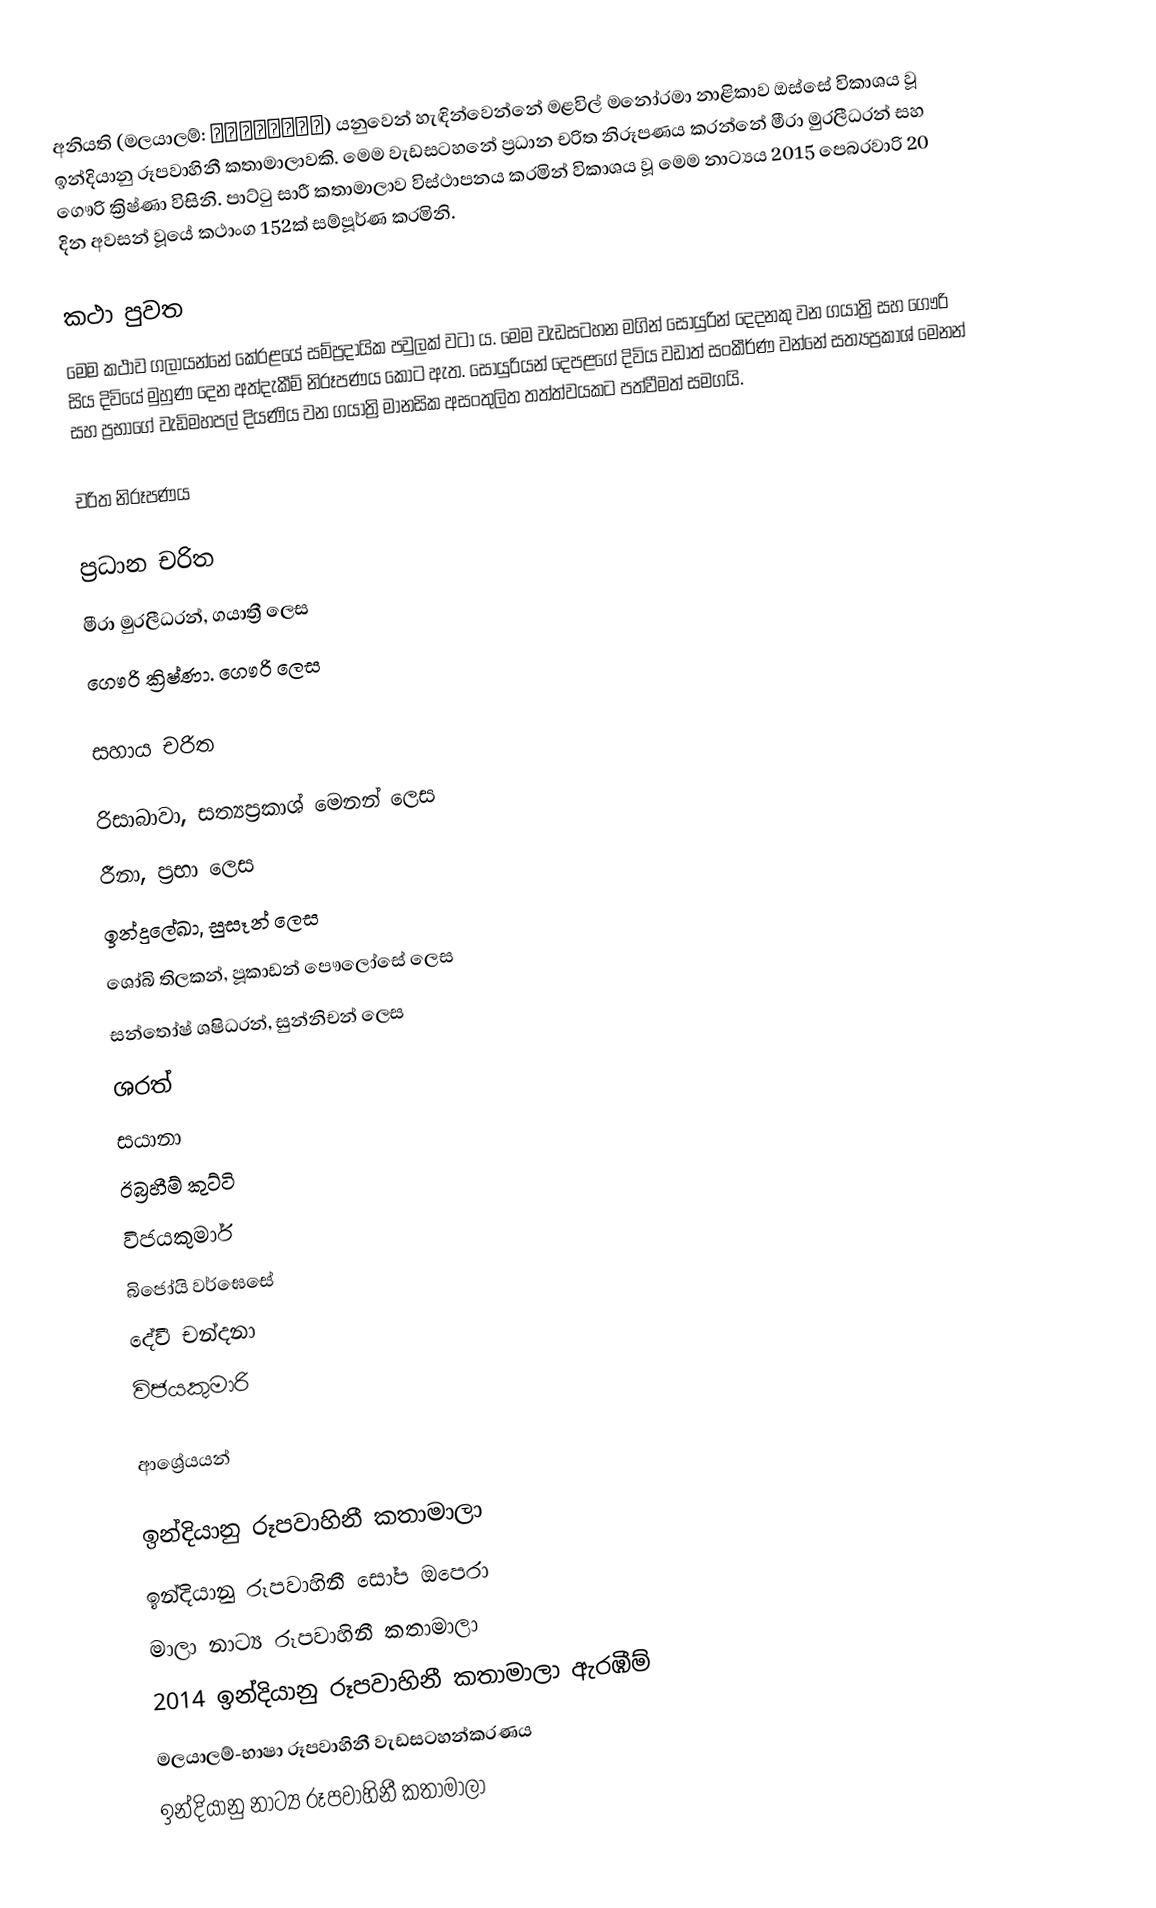
අනියති (මලයාලම්: അനിയത്തി) යනුවෙන් හැඳින්වෙන්නේ මළවිල් මනෝරමා නාළිකාව ඔස්සේ විකාශය වූ ඉන්දියානු රූපවාහිනී කතාමාලාවකි. මෙම වැඩසටහනේ ප්‍රධාන චරිත නිරූපණය කරන්නේ මීරා මුරලීධරන් සහ ගෞරි ක්‍රිෂ්ණා විසිනි. පාට්ටු සාරී කතාමාලාව විස්ථාපනය කරමින් විකාශය වූ මෙම නාට්‍යය 2015 පෙබරවාරි 20 දින අවසන් වූයේ කථාංග 152ක් සම්පූර්ණ කරමිනි.

කථා පුවත
මෙම කථාව ගලායන්නේ කේරළයේ සම්ප්‍රදායික පවුලක් වටා ය. මෙම වැඩසටහන මගින් සොයුරින් දෙදනකු වන ගයාත්‍රි සහ ගෞරි සිය දිවියේ මුහුණ දෙන අත්දැකීම් නිරූපණය කොට ඇත. සොයුරියන් දෙපළගේ දිවිය වඩාත් සංකීර්ණ වන්නේ සත්‍යප්‍රකාශ් මෙනන් සහ ප්‍රභාගේ වැඩිමහපල් දියණිය වන ගයාත්‍රි මානසික අසංතුලිත තත්ත්වයකට පත්වීමත් සමගයි.

චරිත නිරූපණය

ප්‍රධාන චරිත
 මීරා මුරලීධරන්, ගයාත්‍රී ලෙස
 ගෞරි ක්‍රිෂ්ණා. ගෞරි‍ ලෙස

සහාය චරිත

 රිසාබාවා, සත්‍යප්‍රකාශ් මෙනන් ලෙස
 රීනා, ප්‍රභා ලෙස
 ඉන්දුලේඛා, සුසෑන් ලෙස
 ශෝබි තිලකන්, පූකාඩන් පෞලෝසේ ලෙස
 සන්තෝෂ් ශෂිධරන්, සුන්නිචන් ලෙස
 ශරත්
 සයානා
 ඊබ්‍රහීම් කුට්ටි
 විජයකුමාර්
 බිජෝයි වර්ඝෙසේ
 දේවී චන්දනා
 විජයකුමාරි

ආශ්‍රේයයන්

ඉන්දියානු රූපවාහිනී කතාමාලා
ඉන්දියානු රූපවාහිනී සෝප ඔපෙරා
මාලා නාට්‍ය රූපවාහිනී කතාමාලා
2014 ඉන්දියානු රූපවාහිනී කතාමාලා ඇරඹීම්
මලයාලම්-භාෂා රූපවාහිනී වැඩසටහන්කරණය
ඉන්දියානු නාට්‍ය රූපවාහිනී කතාමාලා